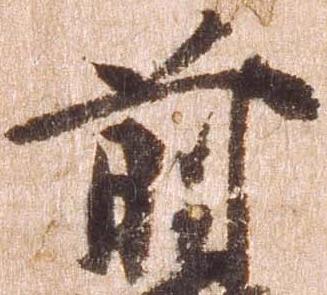
前